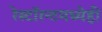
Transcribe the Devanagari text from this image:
रेस्टॉरन्टमध्येही